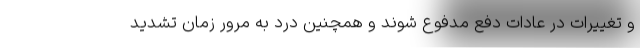
و تغییرات در عادات دفع مدفوع شوند و همچنین درد به مرور زمان تشدید